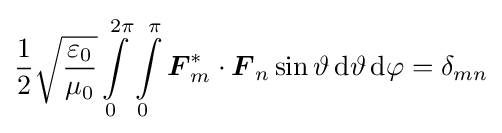
{\frac {1}{2}}{\sqrt {\frac {\varepsilon _{0}}{\mu _{0}}}}\int \limits _{0}^{2\pi }\int \limits _{0}^{\pi }{\boldsymbol {F}}_{m}^{\ast }\cdot {\boldsymbol {F}}_{n}\sin \vartheta \,\mathrm {d} \vartheta \,\mathrm {d} \varphi =\delta _{mn}